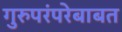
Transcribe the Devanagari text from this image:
गुरुपरंपरेबाबत